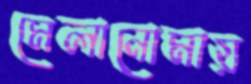
মেলানোমায়